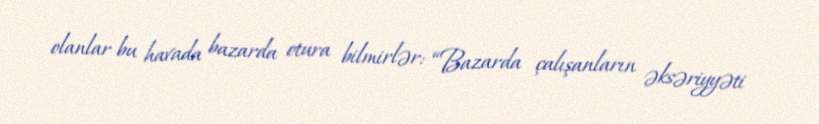
olanlar bu havada bazarda otura bilmirlər: “Bazarda çalışanların əksəriyyəti